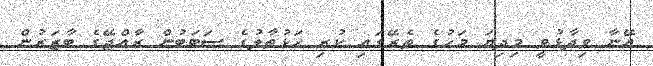
އޭނާ ވިދާޅުވީ މިދިޔަ މަހުގެ ތެރޭގައި ކުރި ހަޅުތާލުގެ ސަބަބުން ރާއްޖޭގެ ބާޒަރުން